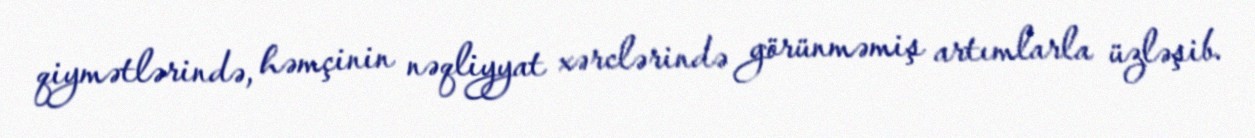
qiymətlərində, həmçinin nəqliyyat xərclərində görünməmiş artımlarla üzləşib.